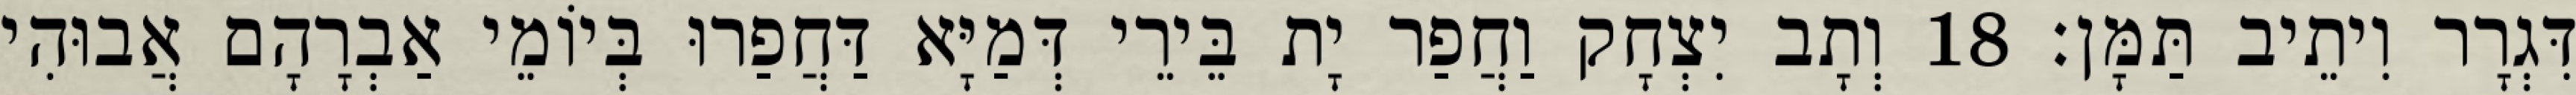
דִּגְרָר וִיתֵיב תַּמָּן׃ 18 וְתָב יִצְחָק וַחֲפַר יָת בֵּירֵי דְּמַיָּא דַּחֲפַרוּ בְּיוֹמֵי אַבְרָהָם אֲבוּהִי